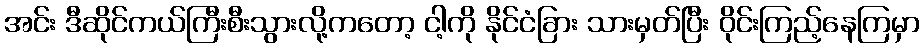
အင်း ဒီဆိုင်ကယ်ကြီးစီးသွားလို့ကတော့ ငါ့ကို နိုင်ငံခြား သားမှတ်ပြီး ဝိုင်းကြည့်နေကြမှာ